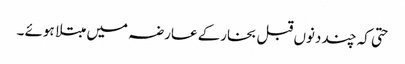
حتی کہ چند دنوں قبل بخارکے عارضہ میں مبتلا ہوئے ۔